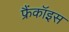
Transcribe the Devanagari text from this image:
फ्रैंकॉइस